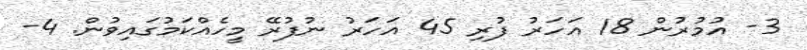
3- އުމުރުން 18 އަހަރު ފުރި 45 އަހަރު ނުފުރޭ މީހެއްކަމުގައިވުން. 4-